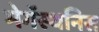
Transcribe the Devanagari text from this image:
मेगॅस्थनिस